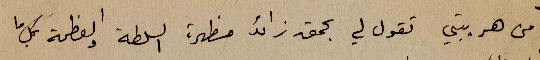
من هريبتي تقول لي بحمق زائد مظهرة السلطة والعظمة بكل ما